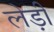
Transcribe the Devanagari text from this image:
लेड़ी